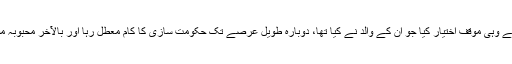
اب کی بار مفتی سعید کی بیٹی محبوبہ مفتی نے وہی موقف اختیار کیا جو ان کے والد نے کیا تھا، دوبارہ طویل عرصے تک حکومت سازی کا کام معطل رہا اور بالآخر محبوبہ مفتی اپنی اکثریت کی بنا پر وزیراعلیٰ بن گئیں۔